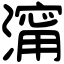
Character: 澝